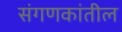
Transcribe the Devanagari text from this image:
संगणकांतील